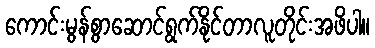
ကောင်းမွန်စွာဆောင်ရွက်နိုင်တာလူတိုင်းအဖိပါ။